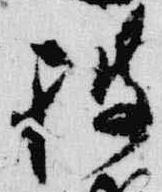
披